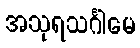
အသုရသင်္ဂါမေ